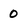
Character: 0